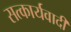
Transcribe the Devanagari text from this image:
सत्कार्यवादी